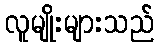
လူမျိုးများသည်